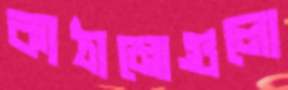
কাঠামোগুলো